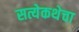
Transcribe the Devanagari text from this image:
सत्येकथेचा